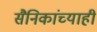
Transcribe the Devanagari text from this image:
सैनिकांच्याही